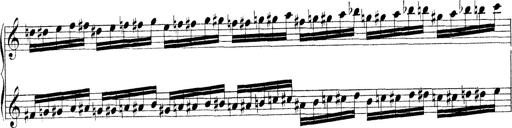
Title: Technische Studien
Composer: Franz Liszt